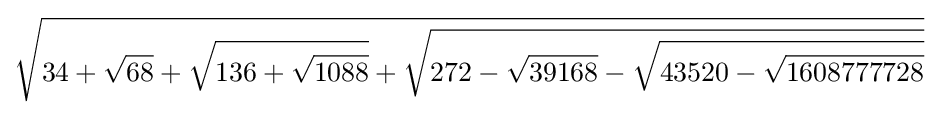
{\sqrt {34+{\sqrt {68}}+{\sqrt {136+{\sqrt {1088}}}}+{\sqrt {272-{\sqrt {39168}}-{\sqrt {43520-{\sqrt {1608777728}}}}}}}}